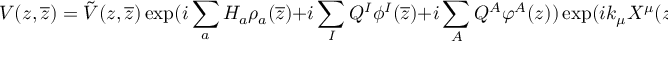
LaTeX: V ( z , { \overline { { z } } } ) = { \tilde { V } } ( z , { \overline { { z } } } ) \exp ( i \sum _ { a } H _ { a } \rho _ { a } ( { \overline { { z } } } ) + i \sum _ { I } Q ^ { I } \phi ^ { I } ( { \overline { { z } } } ) + i \sum _ { A } Q ^ { A } \varphi ^ { A } ( z ) ) \exp ( i k _ { \mu } { \cal X } ^ { \mu } ( z , { \overline { { z } } } ) ) ~ ,